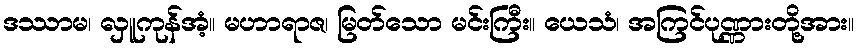
ဒဿာမ၊ လှူကုန်အံ့။ မဟာရာဇ၊ မြတ်သော မင်းကြီး။ ယေသံ၊ အကြင်ပုဏ္ဏားတို့အား။